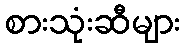
စားသုံးဆီများ